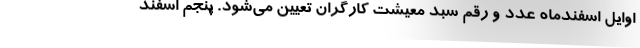
اوايل اسفندماه عدد و رقم سبد معيشت كارگران تعيين مي‌شود. پنجم اسفند